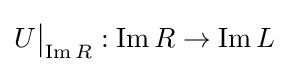
U{\big \vert }_{\operatorname {Im} R}:\operatorname {Im} R\to \operatorname {Im} L